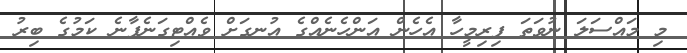
މި މައްސަލަ ނުވަތަ ފިރިމީހާ އެހެން އަންހެނެއްގެ އުނގަށް ވެއްޓިގަނެފާނެ ކަމުގެ ބިރު